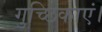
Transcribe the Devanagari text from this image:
गुच्छिकाएं।